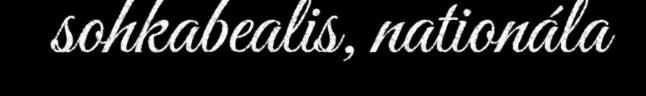
sohkabealis, nationála